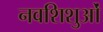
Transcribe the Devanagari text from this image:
नवशिशुओं